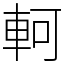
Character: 軻